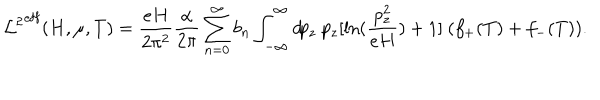
{ { \cal L } ^ { 2 } } ^ { \mathrm { e f f } } ( H , \mu , T ) = \frac { e H } { 2 \pi ^ { 2 } } \frac { \alpha } { 2 \pi } \sum _ { n = 0 } ^ { \infty } b _ { n } \int _ { - \infty } ^ { \infty } d \! p _ { z } ~ p _ { z } [ \ln ( \frac { p _ { z } ^ { 2 } } { e H } ) + 1 ] ~ ( f _ { + } ( T ) + f _ { - } ( T ) ) .